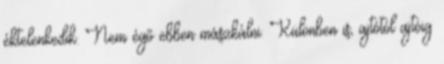
éktelenkedik. Nem égő ebben mászkálni. Különben is, ajtótól ajtóig